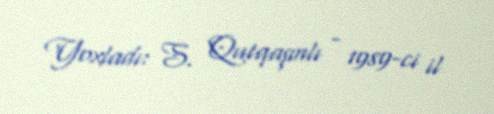
Yoxladı: S. Qutqaşınlı - 1989-ci il